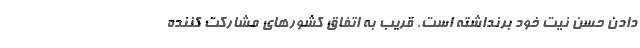
دادن حسن نیت خود برنداشته است. قریب به اتفاق کشورهای مشارکت کننده